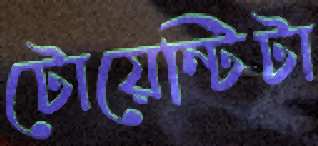
টোয়েন্টিটা